Report on sanitation, dispensaries, and jails in Rajputana for 1910, and on vaccination for the year 1910-1911 - 1910-1911
Year: 1910
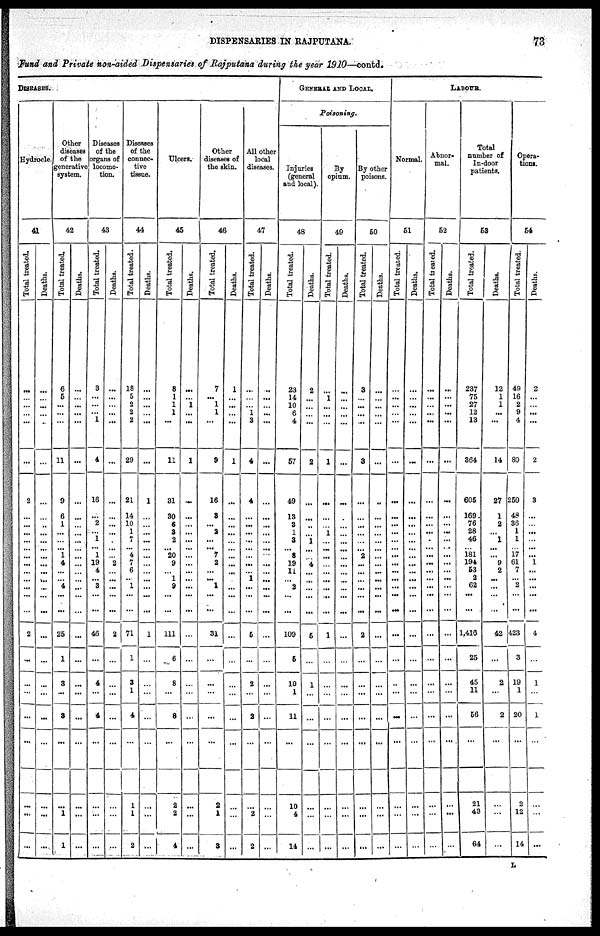
DISPENSARIES IN RAJPUTANA.
73
Fund and Private non-aided Dispensaries of Rajputana during the year 1910—contd.
DISEASES.
Hydrocle.
41
Total treated.
...
...
...
...
...
...
2
...
...
...
...
...
...
...
...
...
...
...
...
2
...
...
...
...
...
...
...
Deaths.
...
...
...
...
...
...
...
...
...
...
...
...
...
...
...
...
...
...
...
...
...
...
...
...
...
...
...
Other
diseases
of the
generative
system.
42
Total treated.
6
5
...
...
...
11
9
6
1
...
...
...
1
4
...
...
4
...
...
25
1
3
...
3
...
1
1
Deaths.
...
...
...
...
...
...
...
...
...
...
...
...
...
...
...
...
...
...
...
...
...
...
...
...
...
...
...
Diseases
of the
organs of
locomo-
tion.
43
Total treated.
3
...
...
...
1
4
16
...
2
...
1
...
1
19
4
...
3
...
...
46
...
4
...
4
...
...
...
Deaths.
...
...
...
...
...
...
...
...
...
...
...
...
...
2
...
...
...
...
...
2
...
...
...
...
...
...
...
Diseases
of the
connec-
tive
tissue.
44
Total treated.
18
5
2
2
2
29
21
14
10
1
7
...
4
7
6
...
1
...
...
71
1
3
1
4
1
1
2
Deaths.
...
...
...
...
...
...
1
...
...
...
...
...
...
...
...
...
...
...
...
1
...
...
...
...
...
...
...
Ulcers.
45
Total treated.
8
1
1
1
...
11
31
30
6
3
2
...
20
9
...
1
9
...
...
111
6
8
...
8
2
2
4
Deaths.
...
...
1
...
...
1
...
...
...
...
...
...
...
...
...
...
...
...
...
...
...
...
...
...
...
...
...
Other
diseases of
the skin.
46
Total treated.
7
...
1
1
...
9
16
8
...
2
...
... 7
2
...
...
1
...
...
31
...
...
...
...
2
1
3
Deaths.
1
...
...
...
...
1
...
...
...
...
...
...
...
...
...
...
...
...
...
...
...
...
...
...
...
...
...
All other
local
diseases.
47
Total treated.
...
...
...
1
3
4
4
...
...
...
...
...
...
...
...
1
...
...
...
5
...
2
...
2
...
2
2
Deaths.
...
...
...
...
...
...
...
...
...
...
...
...
...
...
...
...
...
...
...
...
...
...
...
...
...
...
...
GENERAL AND LOCAL.
Poisoning.
Injuries
(general
and local).
48
Total treated.
23
14
10
6
4
57
49
13
3
1
3
...
8
19
11
...
2
...
...
109
5
10
1
11
10
4
14
Deaths.
2
...
...
...
...
2
...
...
...
...
1
...
...
4
...
...
...
...
...
5
...
1
...
...
...
...
...
By
opium.
49
Total treated.
...
1
...
...
...
1
...
...
...
1
...
...
...
...
...
...
...
...
...
1
...
...
...
...
...
...
...
Deaths.
...
...
...
...
...
...
...
...
...
...
...
...
...
...
...
...
...
...
...
...
...
...
...
...
...
...
...
By other
poisons.
50
Total treated.
3
...
...
...
...
3
...
...
...
...
...
...
2
...
...
...
...
...
...
2
...
...
...
...
...
...
...
Deaths.
...
...
...
...
...
...
...
...
...
...
...
...
...
...
...
...
...
...
...
...
...
...
...
...
...
...
...
LABOUR.
Normal.
51
Total treated.
...
...
...
...
...
...
...
...
...
...
...
...
...
...
...
...
...
...
...
...
...
...
...
...
...
...
...
Deaths.
...
...
...
...
...
...
...
...
...
...
...
...
...
...
...
...
...
...
...
...
...
...
...
...
...
...
...
Abnor-
mal.
52
Total treated.
...
...
...
...
...
...
...
...
...
...
...
...
...
...
...
...
...
...
...
...
...
...
...
...
...
...
...
Deaths.
...
...
...
...
...
...
...
...
...
...
...
...
...
...
...
...
...
...
...
...
...
...
...
...
...
...
...
Total
number of
In-door
patients.
53
Total treated.
237
75
27
12
13
364
605
169
76
28
46
...
181
194
53
2
62
...
...
1,416
25
45
11
56
21
43
64
Deaths.
12
1
1
...
...
14
27
1
2
...
1
...
...
9
2
...
...
...
...
42
...
2
...
2
...
...
...
Opera-
tions.
54
Total treated.
49
16
2
9
4
80
250
48
36
1
1
...
17
61
7
...
2
...
...
423
3
19
1
20
2
12
14
Deaths.
2
...
...
...
...
2
3
...
...
...
...
...
...
1
...
...
...
...
...
4
...
1
...
1
...
...
...
L